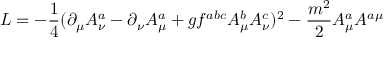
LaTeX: { \cal L } = - \frac { 1 } { 4 } ( \partial _ { \mu } A _ { \nu } ^ { a } - \partial _ { \nu } A _ { \mu } ^ { a } + g f ^ { a b c } A _ { \mu } ^ { b } A _ { \nu } ^ { c } ) ^ { 2 } - \frac { m ^ { 2 } } { 2 } A _ { \mu } ^ { a } A ^ { a \mu }